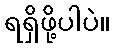
ရရှိဖို့ပါပဲ။